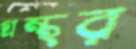
গ্রন্থর